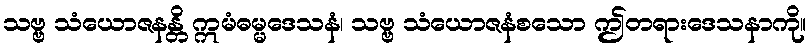
သဗ္ဗ သံယောဇနန္တိ ဣမံဓမ္မဒေသနံ၊ သဗ္ဗ သံယောဇနံစသော ဤတရားဒေသနာကို။